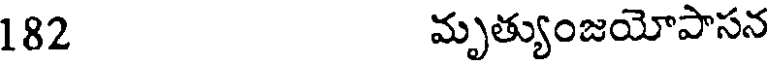
182 మృత్యుంజయోపాసన